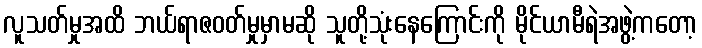
လူသတ်မှုအထိ ဘယ်ရာဇဝတ်မှုမှာမဆို သူတို့သုံးနေကြောင်းကို မိုင်ယာမီရဲအဖွဲ့ကတော့